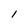
Character: 1